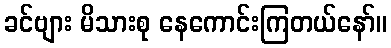
ခင်ဗျား မိသားစု နေကောင်းကြတယ်နော်။